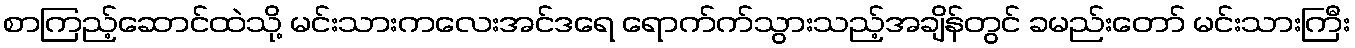
စာကြည့်ဆောင်ထဲသို့ မင်းသားကလေးအင်ဒရေ ရောက်က်သွားသည့်အချိန်တွင် ခမည်းတော် မင်းသားကြီး